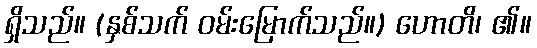
ရှိသည်။ (နှစ်သက် ဝမ်းမြောက်သည်။) ဟောတိ၊ ၏။